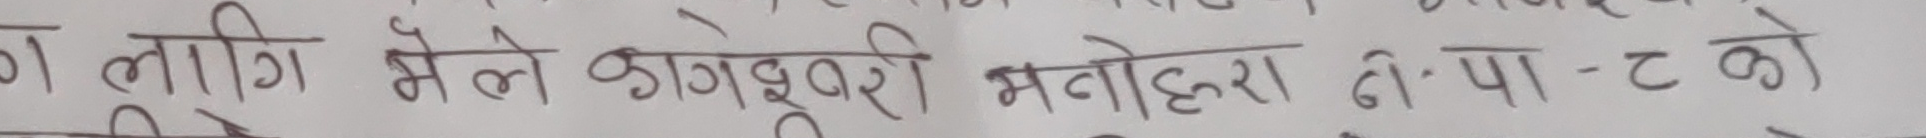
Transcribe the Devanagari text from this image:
का लागि मैले कागेश्वरी मनोहरा टो पा - ट को